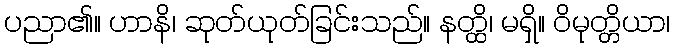
ပညာ၏။ ဟာနိ၊ ဆုတ်ယုတ်ခြင်းသည်။ နတ္ထိ၊ မရှိ။ ဝိမုတ္တိယာ၊